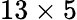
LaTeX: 13\times 5